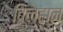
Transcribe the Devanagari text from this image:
बिल्हान